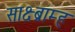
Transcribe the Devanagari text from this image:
साक्ष्ब्राम्ह